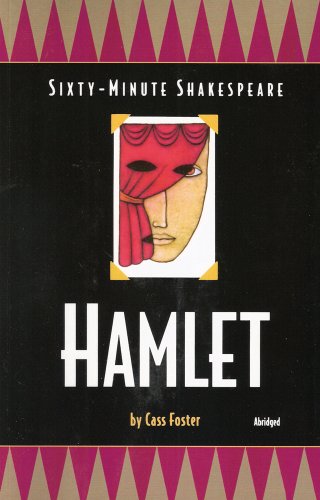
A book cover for Hamlet: Sixty-Minute Shakespeare Series; Cass Foster; Teen & Young Adult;